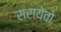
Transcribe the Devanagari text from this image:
सरायेवो